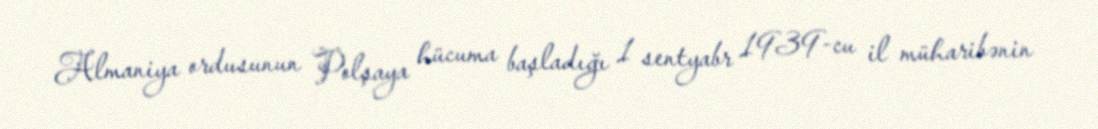
Almaniya ordusunun Polşaya hücuma başladığı 1 sentyabr 1939-cu il müharibənin